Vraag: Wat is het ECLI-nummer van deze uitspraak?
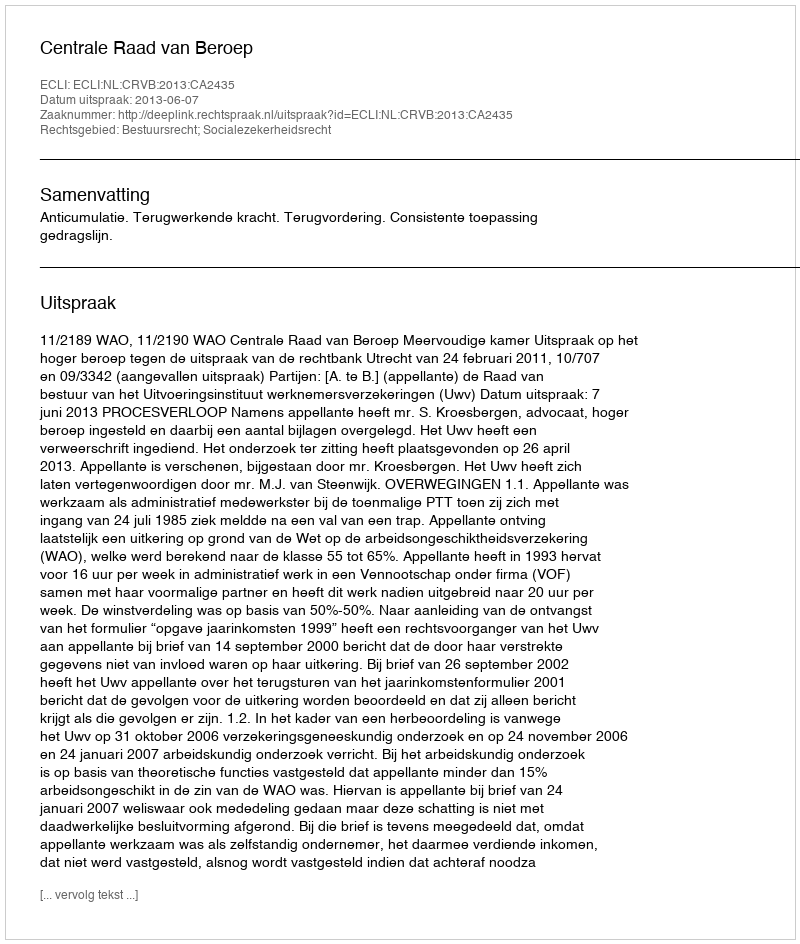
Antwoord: ECLI:NL:CRVB:2013:CA2435